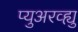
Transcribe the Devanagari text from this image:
प्युअरव्ह्यु